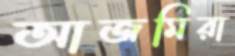
আজমিরা